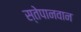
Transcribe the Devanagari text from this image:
स्तेपानवान